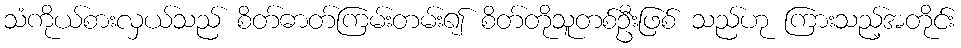
သံကိုယ်စားလှယ်သည် စိတ်ဓာတ်ကြမ်းတမ်း၍ စိတ်တိုသူတစ်ဦးဖြစ် သည်ဟု ကြားသည့်အတိုင်း